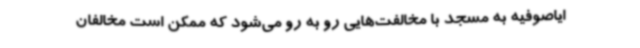
ایاصوفیه به مسجد با مخالفت‌هایی رو به رو می‌شود که ممکن است مخالفان